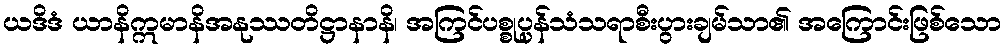
ယဒိဒံ ယာနိဣမာနိအနုဿတိဋ္ဌာနာနိ၊ အကြင်ပစ္စုပ္ပန်သံသရာစီးပွားချမ်သာ၏ အကြောင်းဖြစ်သော